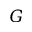
G